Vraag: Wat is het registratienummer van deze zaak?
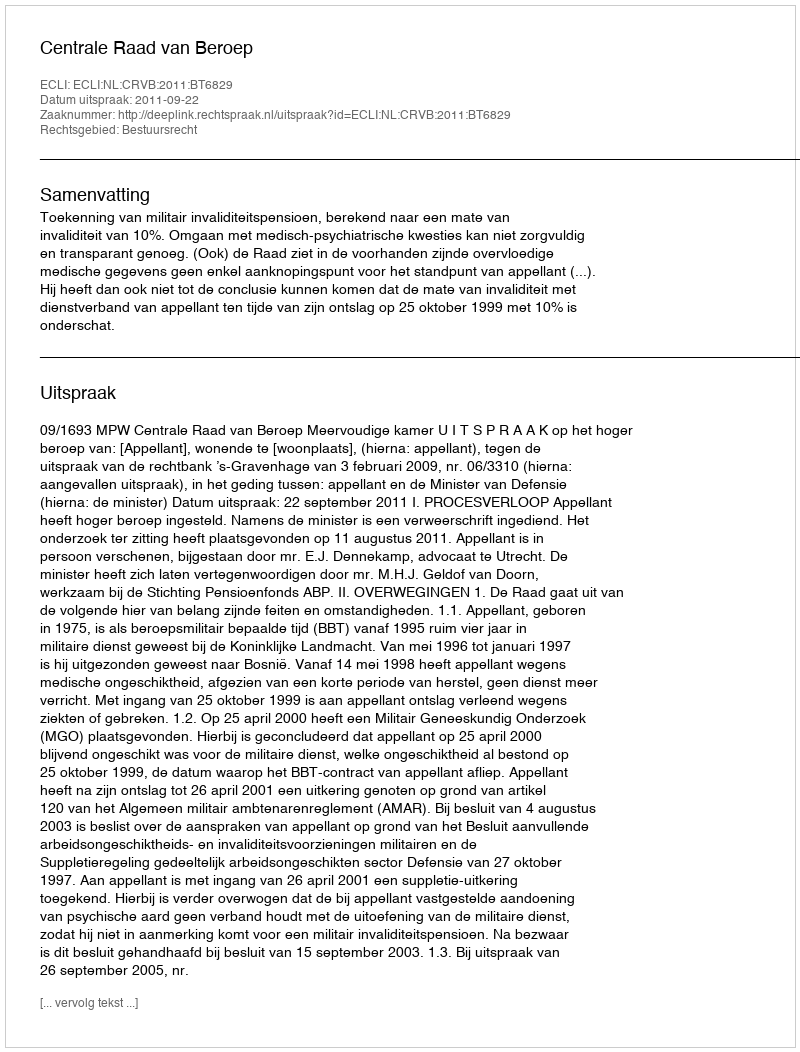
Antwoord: http://deeplink.rechtspraak.nl/uitspraak?id=ECLI:NL:CRVB:2011:BT6829